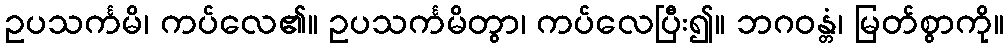
ဥပသင်္ကမိ၊ ကပ်လေ၏။ ဥပသင်္ကမိတွာ၊ ကပ်လေပြီး၍။ ဘဂဝန္တံ၊ မြတ်စွာကို။